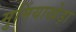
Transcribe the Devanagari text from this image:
मुमिंयाखेड़ा